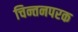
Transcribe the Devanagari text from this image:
चिन्तनपरक